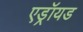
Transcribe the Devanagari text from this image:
एड्रॉयड